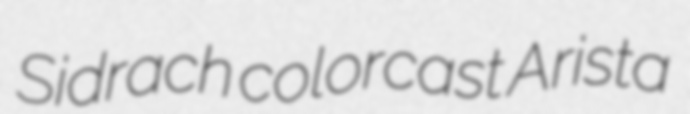
Sidrach colorcast Arista